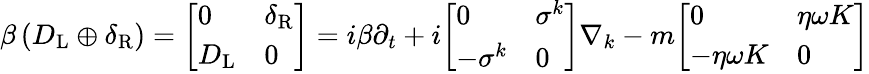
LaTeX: \beta\left(D_{\mathrm{{L}}}\oplus\delta_{\mathrm{{R}}}\right)={\left[\begin{array}{ll}{0}&{\delta_{\mathrm{{R}}}}\\ {D_{\mathrm{{L}}}}&{0}\end{array}\right]}=i\beta\partial_{t}+i{\left[\begin{array}{ll}{0}&{\sigma^{k}}\\ {-\sigma^{k}}&{0}\end{array}\right]}\nabla_{k}-m{\left[\begin{array}{ll}{0}&{\eta\omega K}\\ {-\eta\omega K}&{0}\end{array}\right]}